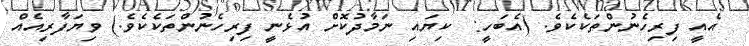
އެއީ ފިރިހެނުންތަކެކެވެ. (އެބަހީ:  ކިޔައި ނަމާދުކޮށް އުޅެނީ ފިރިހެނުންތަކެކެވެ.) ވިޔަފާރިއެއް